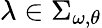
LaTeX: \lambda\in\Sigma_{\omega,\theta}